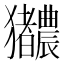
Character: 𬍎